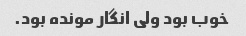
خوب بود ولی انگار مونده بود.